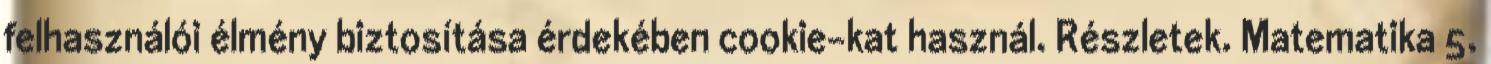
felhasználói élmény biztosítása érdekében cookie-kat használ. Részletek. Matematika 5.